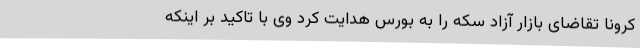
کرونا تقاضای بازار آزاد سکه را به بورس هدایت کرد وی با تاکید بر اینکه